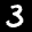
Label: 3